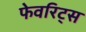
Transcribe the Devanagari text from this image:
फेवरिट्स